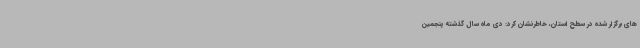
های برگزار شده در سطح استان، خاطرنشان کرد: دی ماه سال گذشته پنجمین